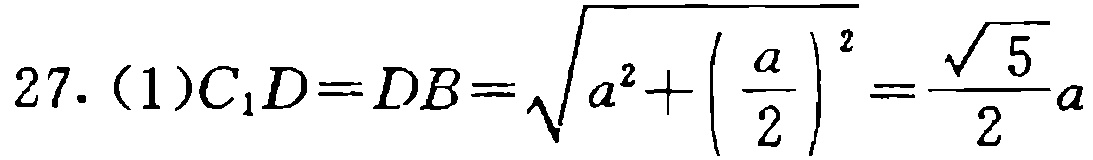
27. (1)$C_{1}D = DB=\sqrt{a^{2}+\left(\frac{a}{2}\right)^{2}}=\frac{\sqrt{5}}{2}a$